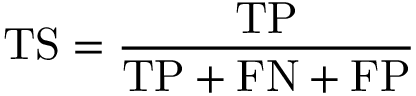
\mathrm { T S } = { \frac { \mathrm { T P } } { \mathrm { T P } + \mathrm { F N } + \mathrm { F P } } }